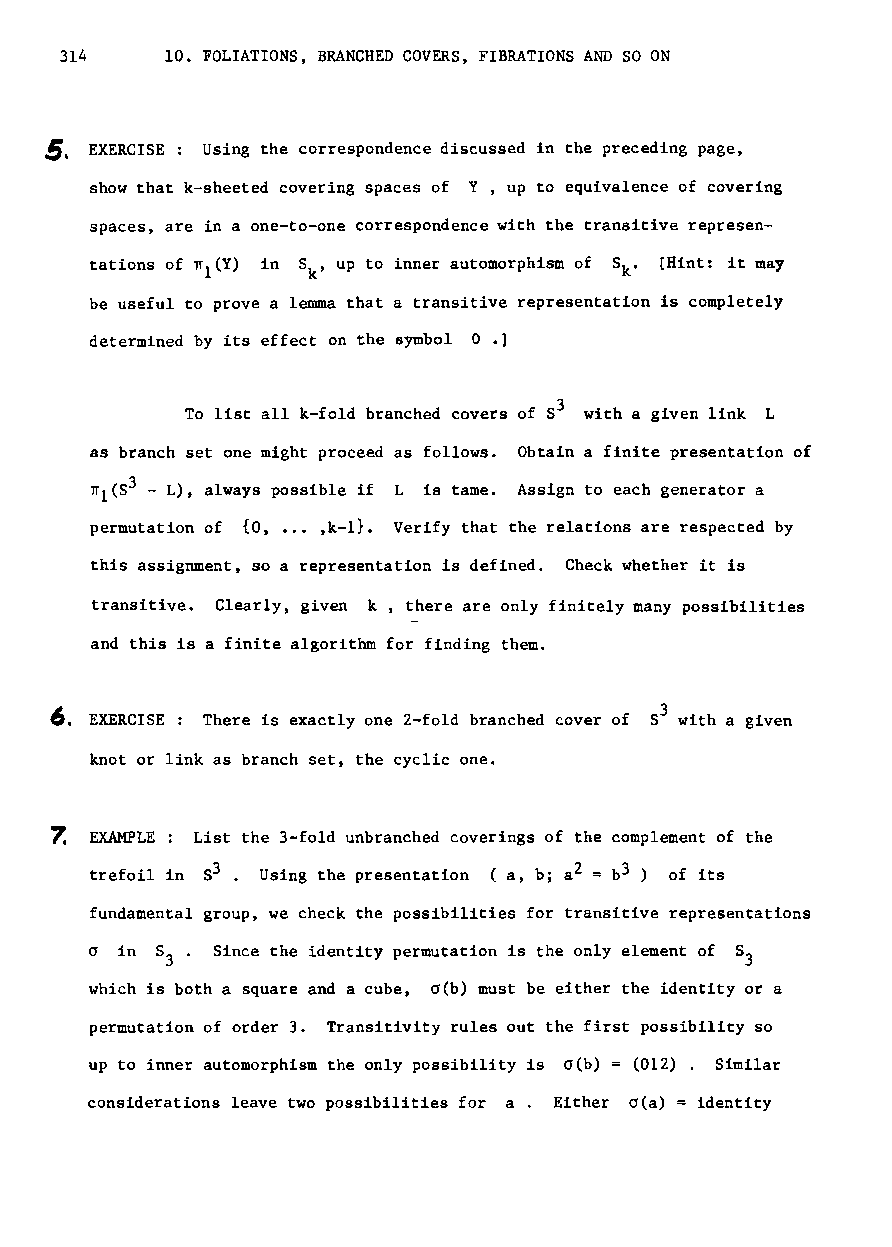
314    10. FOLIATIONS, BRANCHED COVERS, FIBRATIONS AND SO ON
 ~. EXERCISE: Using the correspondence discussed in the preceding page,
 show that k-sheeted covering spaces of Y, up to equivalence of covering
 spaces, are in a one-to-one correspondence with the transitive represen
 tations of n1(Y) in Sk' up to inner automorphism of Sk. [Hint: it may
 be useful to prove a lemma that a transitive representation is completely
 determined by its effect on the symbol 0.]
 To list all k-fold branched covers of S3 with a given link L
 as branch set one might proceed as follows. Obtain a finite presentation of
 ITl(S3 - L), always possible if L is tame. Assign to each generator a
 permutation of {O, •.• ,k-l}. Verify that the relations are respected by
 this assignment, so a representation is defined. Check whether it is
 transitive. Clearly, given k, there are only finitely many possibilities
 and this is a finite algorithm for finding them.
 ~.
 EXERCISE: There is exactly one 2-fold branched cover of S3 with a given
 knot or link as branch set, the cyclic one.
 ~  EXAMPLE List the 3-fold unbranched coverings of the complement of the
 trefoil in S3. Using the presentation (a, b; a2 = b3 ) of its
 fundamental group, we check the possibilities for transitive representations
 a in 8 . Since the identity permutation is the only element of S3
 3
 which is both a square and a cube, a(b) must be either the identity or a
 permutation of order 3. Transitivity rules out the first possibility so
 up to inner automorphism the only possibility is a(b) = (012) . Similar
 considerations leave two possibilities for a. Either o(a) = identity